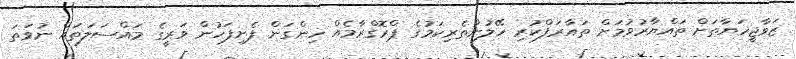
ޒަވާޖީހަޔާތަށް ތައްޔާރުވުމަށް ތައާރަފްކުރި ހޭލުންތެރިކަމުގެ ޕްރޮގްރާމެއް ހިންގަން ފެށިފަހުން ވަރީގެ މައްސަލަތައް ނުވަތަ